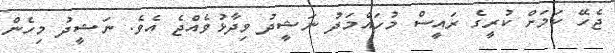
ޖެހޭ ކަަމަށް ކުރީގެ ރައީސް މުހައްމަދު ނަޝީދު ވިދާޅުވެއްޖެ އެވެ. ނަޝީދު މިހެން